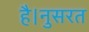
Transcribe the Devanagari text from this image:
है।नुसरत